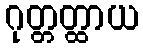
ဂုတ္တတ္ထာယ